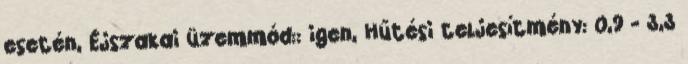
esetén, Éjszakai üzemmód:: igen, Hűtési teljesítmény: 0,9 - 3,3